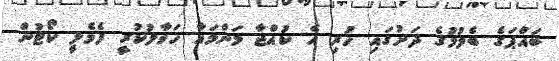
ބައްޕަގެ ބެލުމުގެ ދަށުގައި ހުރި އެ ކުއްޖާ މަންމައާ ހަވާލުކުރީ ފެމެލީ ކޯޓުން